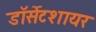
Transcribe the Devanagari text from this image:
डॉर्सेटशायर